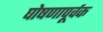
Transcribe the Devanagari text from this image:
घोषणापूर्वक